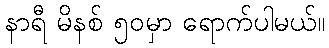
နာရီ မိနစ် ၅၀မှာ ရောက်ပါမယ်။